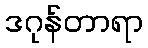
ဒဂုန်တာရာ